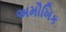
અમૌખિક